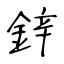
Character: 鋅